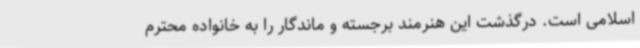
اسلامی است. درگذشت این هنرمند برجسته و ماندگار را به خانواده محترم